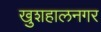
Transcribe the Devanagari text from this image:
खुशहालनगर